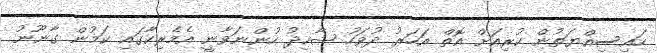
ހައިސިއްޔަތުން ކުރިއަށް އޮތް އަހަރު ދުވަހު ޝާހިދު ހުންނަވާނީ އެމެރިކާގައި ކަމުން ގާނޫނު